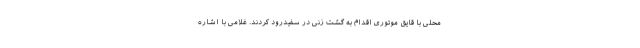
محلی با قایق موتوری اقدام به گشت زنی در سفیدرود کردند. غلامی با اشاره